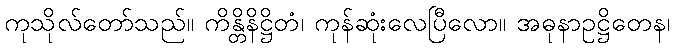
ကုသိုလ်တော်သည်။ ကိန္တိနိဋ္ဌိတံ၊ ကုန်ဆုံးလေပြီလော။ အဓုနာဥဋ္ဌိတေန၊